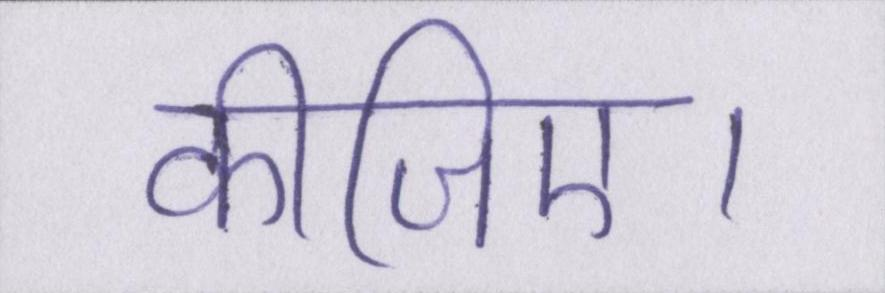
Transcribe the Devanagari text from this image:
कीजिए।